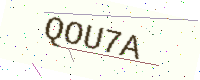
Text: QOU7A